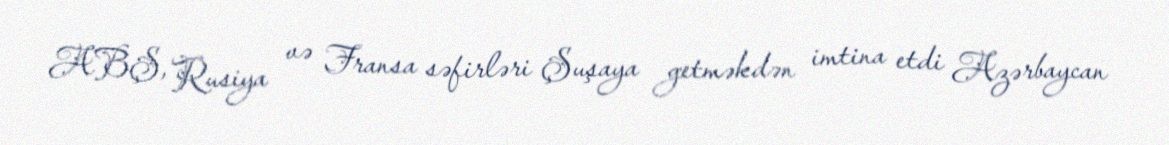
ABŞ, Rusiya və Fransa səfirləri Şuşaya getməkdən imtina etdi Azərbaycan